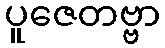
ပူဇေတဗ္ဗာ